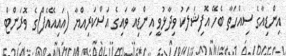
އިންޑިއާގެ ސިއްހަތާ ބެހޭ އޮފިޝަލަކު ވިދާޅުވީ އިންޑިއާ ވައިގެ އަސްކަރިއްޔާ (އައިއޭއެފް)ގެ ވޮރަންޓް